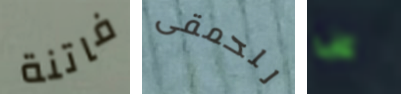
فاتنة للحمقى عن